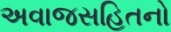
અવાજસહિતનો